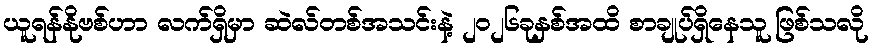
ယူရန်နိုဗစ်ဟာ လက်ရှိမှာ ဆဲလ်တစ်အသင်းနဲ့ ၂၀၂၆ခုနှစ်အထိ စာချုပ်ရှိနေသူ ဖြစ်သလို